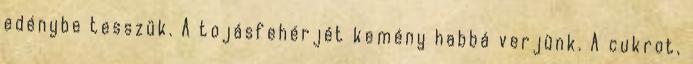
edénybe tesszük. A tojásfehérjét kemény habbá verjünk. A cukrot,